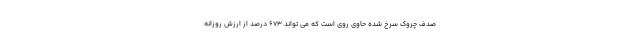
صدف چروک سرخ شده حاوی روی است که می تواند 673 درصد از ارزش روزانه